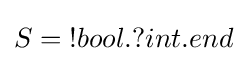
S=\;!bool.?int.end